Plague in India, 1896, 1897 - Volume 2
Year: 1896
Disease focus: Plague
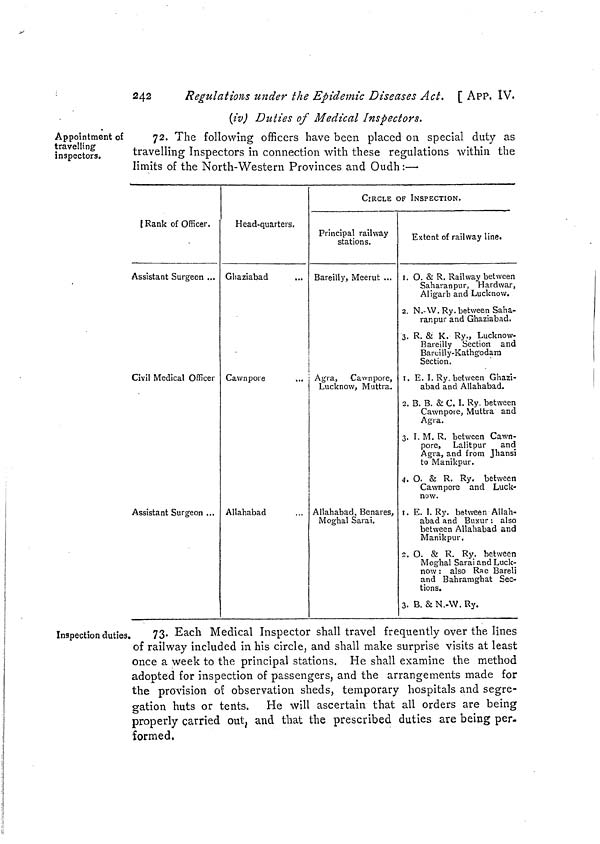
242
Regulations under the Epidemic Diseases Act. [ APP. IV.
(iv) Duties of Medical Inspectors.
Appointment of
travelling
inspectors.
72. The following officers have been placed on special duty as
travelling Inspectors in connection with these regulations within the
limits of the North-Western Provinces and Oudh :—
{ Rank of Officer.
Assistant Surgeon ...
Civil Medical Officer
Assistant Surgeon ...
Head-quarters.
Gliaziabad
Cawnpore
Allahabad
CIRCLE OF INSPECTION.
Principal railway
stations.
Bareilly, Meerut ...
Agra, Cawnpore,
Lucknow, Muttra.
Allahabad, Benares,
Moghal Sarai.
Extent of railway line.
I. O. & R. Railway between
Saharanpur, Hardwar,
Aligarh and Lucknow.
2. N.-\V.Ry. between Saha-
ranpur and Ghaziabnd.
3. R. & K. Ry., Lucknow
Bareilly Section and
Bareiily-Kathgodam
Section.
I. E. I. Ry. between Ghazi-
abad and Allahabad.
2. B. B. & C. I. Ry. between
Cawnpoie, Muttra and
Agra.
3. I. M. R. between Cawn-
pore, Lalitpur
and
Agra, and from Jhansi
to Manikpur.
4. O. & R. Ry. between
Cawnpore and Luck-
now.
i. E. I. Ry. between Allah-
abad and Buxur : also
between Allahabad and
Manikpur.
3. O. & R. Ry. between
Moghal Sara! and Luck-
now : also Rae Bareli
and Bahramghat Sec-
tions.
3. B. &N.-\V.Ry.
Inspection duties.
73. Each Medical Inspector shall travel frequently over the lines
of railway included in his circle, and shall make surprise visits at least
once a week to the principal stations. He shall examine the method
adopted for inspection of passengers, and the arrangements made for
the provision of observation sheds, temporary hospitals and segre-
gation huts or tents. He will ascertain that all orders are being
properly carried out, and that the prescribed duties are being per-
formed.